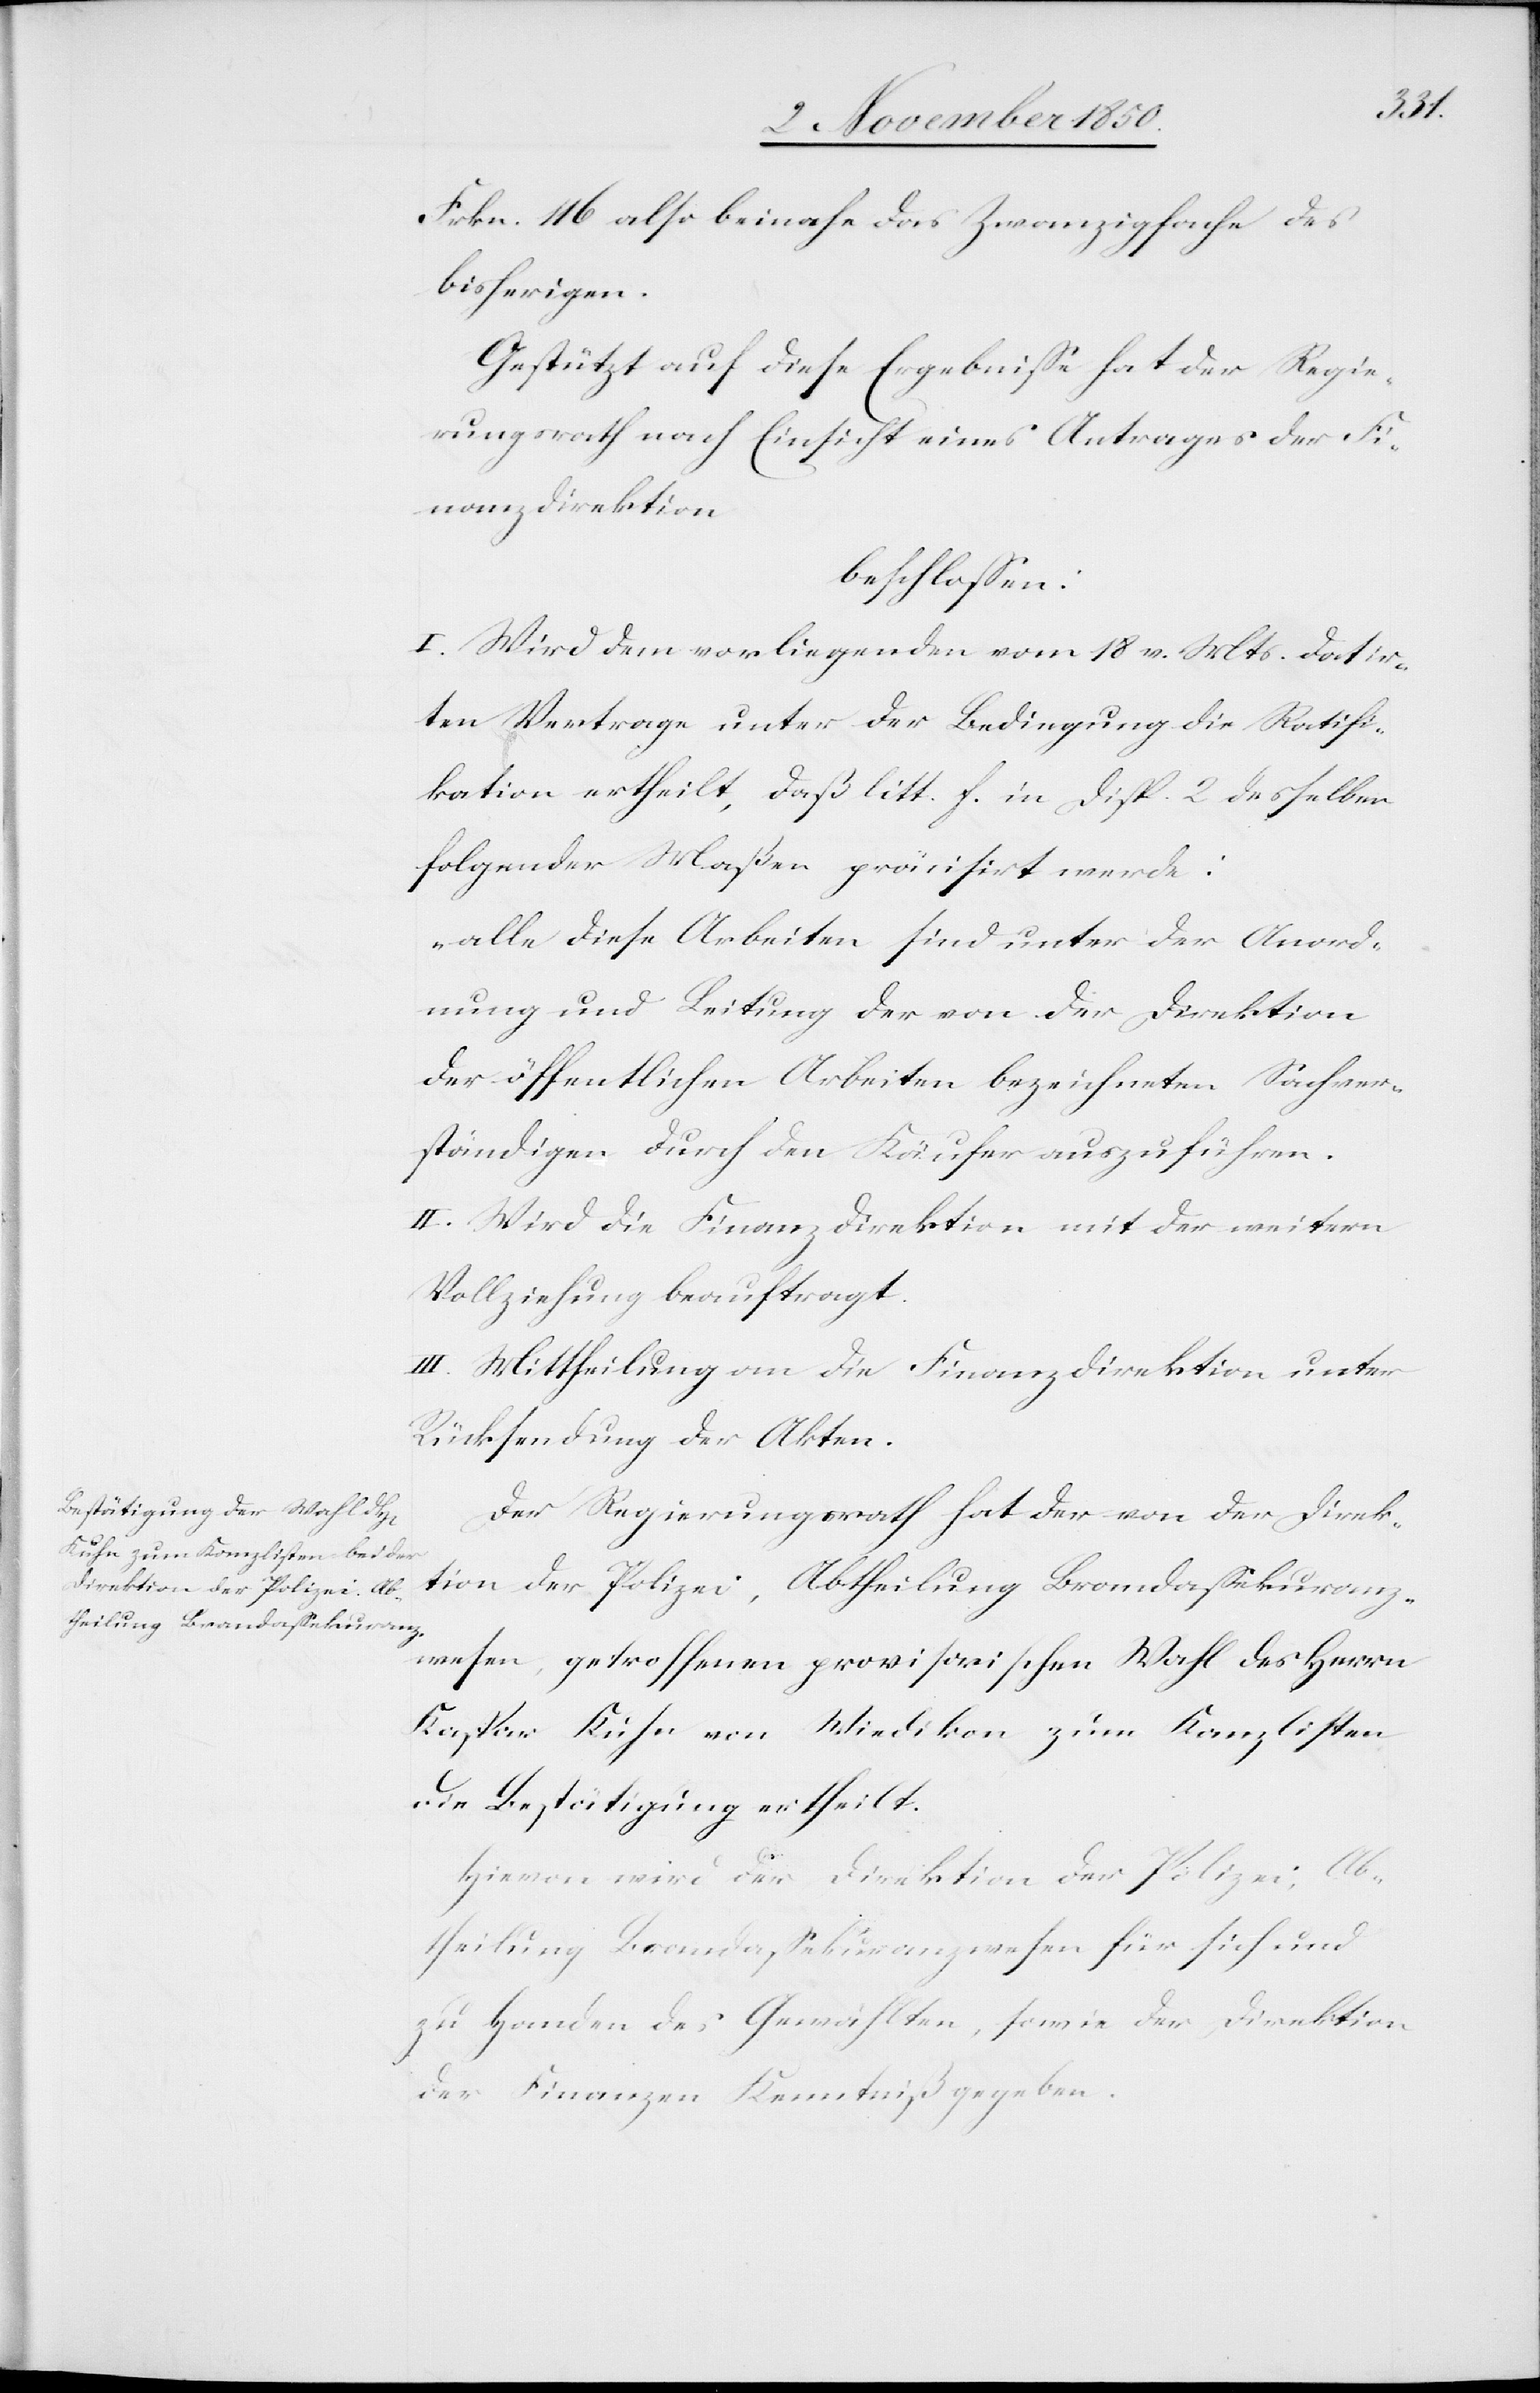
Frkn. 116 also beinahe das Zwanzigfache des
bisherigen.
Gestützt auf diese Ergebnisse hat der Regie¬
rungsrath nach Einsicht eines Antrages der Fi¬
nanzdirektion
beschlossen:
I. Wird dem vorliegenden vom 18. v. Mts. datir¬
ten Vertrage unter der Bedingung die Ratifi¬
kation ertheilt, daß litt. f. in Disp. 2 desselben
folgender Maßen präcisirt werde:
„alle diese Arbeiten sind unter der Anord¬
nung und Leitung der von der Direktion
der öffentlichen Arbeiten bezeichneten Sachver¬
ständigen durch den Käufer auszuführen.[“]
II. Wird die Finanzdirektion mit der weitern
Vollziehung beauftragt.
III. Mittheilung an die Finanzdirektion unter
Rücksendung der Akten.
Der Regierungsrath hat der von der Direk¬
tion der Polizei, Abtheilung Brandassekuranz¬
wesen, getroffenen provisorischen Wahl des Herrn
Kaspar Kuhn von Wiedikon zum Kanzlisten
die Bestätigung ertheilt.
Hievon wird der Direktion der Polizei, Ab¬
theilung Brandassekuranzwesen für sich und
zu Handen des Gewählten, sowie der Direktion
der Finanzen Kenntniß gegeben.